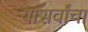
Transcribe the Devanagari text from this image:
यासर्वांचा